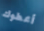
أعطوك